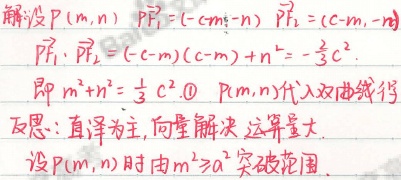
解：设\(P(m,n)\)，\(\overrightarrow{PF_1}=(-c - m,-n)\)，\(\overrightarrow{PF_2}=(c - m,-n)\)。

\(\overrightarrow{PF_1}\cdot\overrightarrow{PF_2}=(-c - m)(c - m)+n^{2}=-\frac{1}{3}c^{2}\)，即\(m^{2}+n^{2}=\frac{1}{3}c^{2}\) \textcircled{1}。

\(P(m,n)\)代入双曲线得。

反思：直译为主，向量解决，运算量大。设\(P(m,n)\)时由\(m^{2}\geqslant a^{2}\)突破范围。